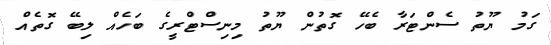
ގަމު ޔޫތު ސެންޓަރާ ބެހޭ ގޮތުން ޔޫތު މިނިސްޓްރީގެ ބަހެއް ލިބޭ ގޮތެއް